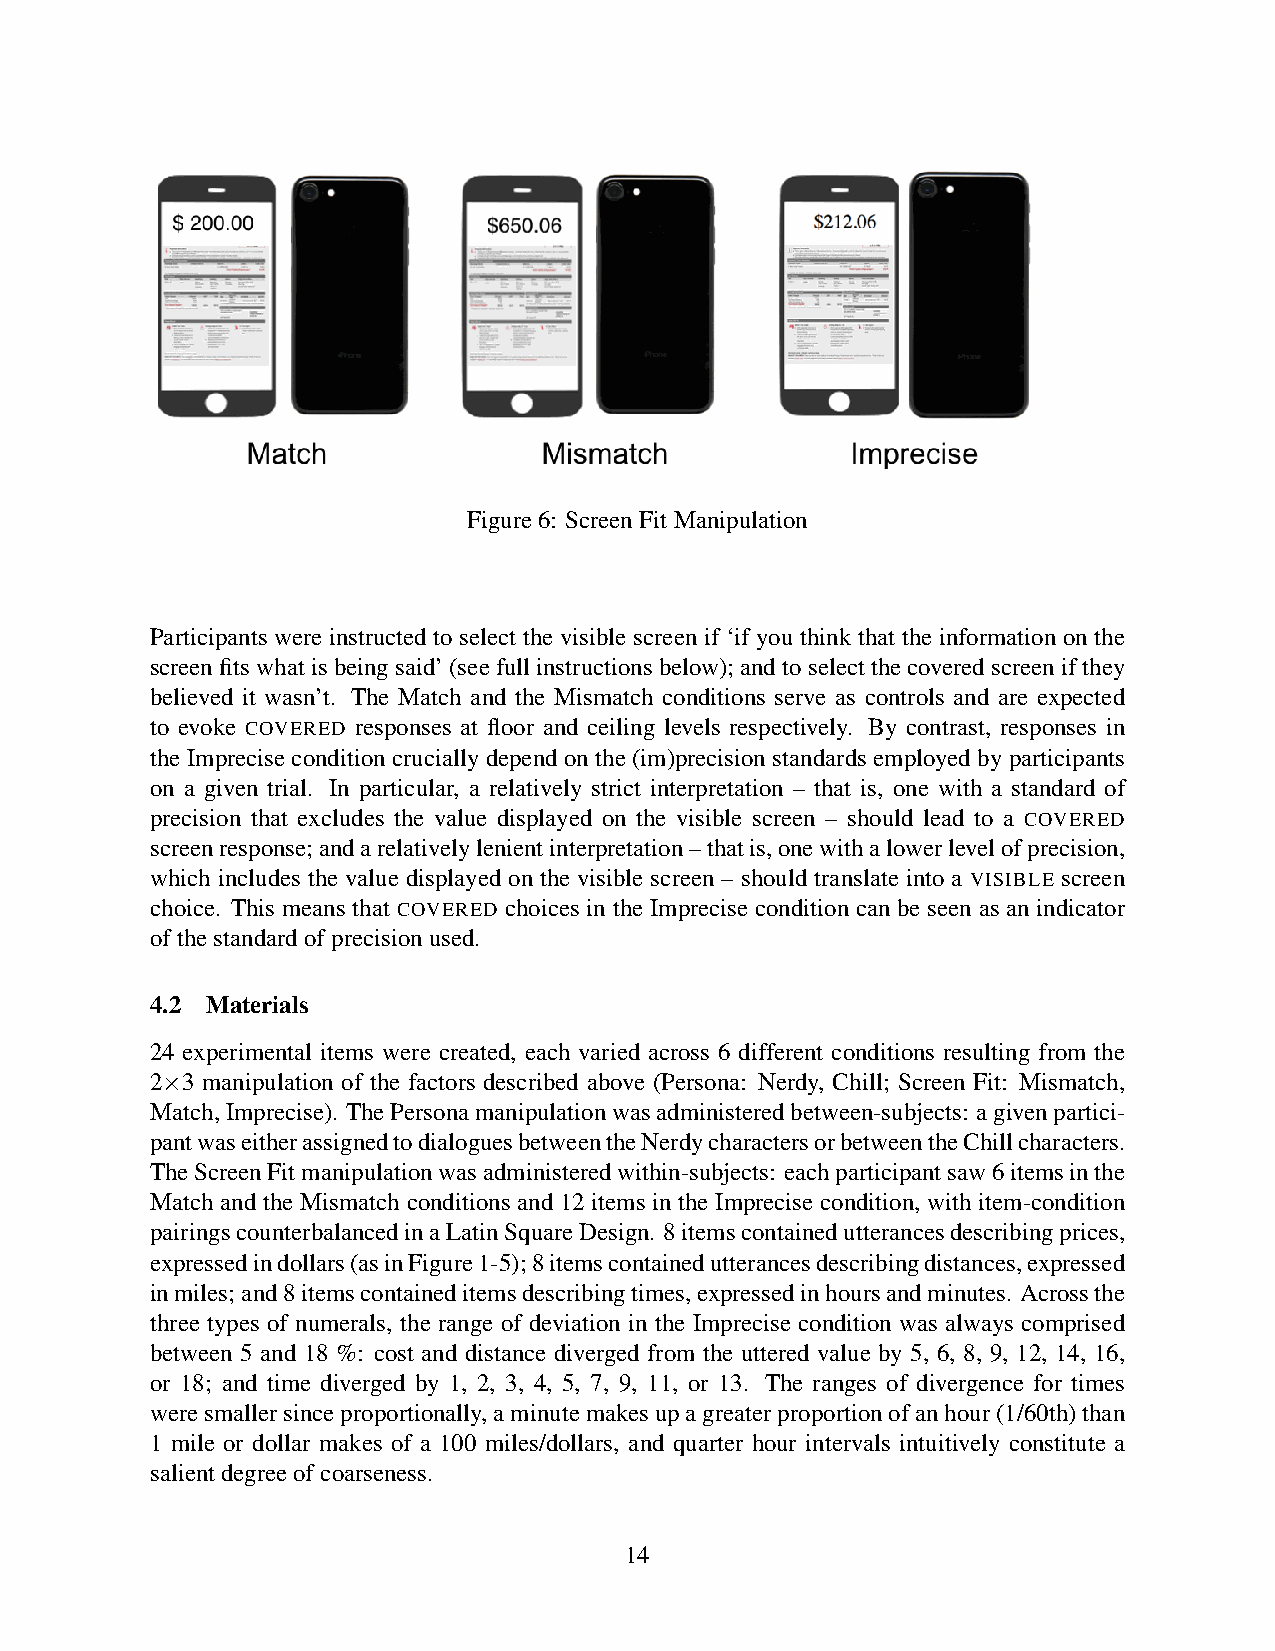
Figure6: ScreenFitManipulation
 Participants were instructed to select the visible screen if ‘if you think that the information on the
 screenfitswhatisbeingsaid’(seefullinstructionsbelow);andtoselectthecoveredscreenifthey
 believed it wasn’t. The Match and the Mismatch conditions serve as controls and are expected
 to evoke COVERED responses at floor and ceiling levels respectively. By contrast, responses in
 the Imprecise condition crucially depend on the (im)precision standards employed by participants
 on a given trial. In particular, a relatively strict interpretation – that is, one with a standard of
 precision that excludes the value displayed on the visible screen – should lead to a COVERED
 screenresponse;andarelativelylenientinterpretation–thatis,onewithalowerlevelofprecision,
 which includes the value displayed on the visible screen – should translate into a VISIBLE screen
 choice. This means that COVERED choices in the Imprecise condition can be seen as an indicator
 ofthestandardofprecisionused.
 4.2 Materials
 24 experimental items were created, each varied across 6 different conditions resulting from the
 2×3 manipulation of the factors described above (Persona: Nerdy, Chill; Screen Fit: Mismatch,
 Match,Imprecise). ThePersonamanipulationwasadministeredbetween-subjects: agivenpartici-
 pantwaseitherassignedtodialoguesbetweentheNerdycharactersorbetweentheChillcharacters.
 TheScreenFitmanipulationwasadministeredwithin-subjects: eachparticipantsaw6itemsinthe
 Match and the Mismatch conditions and 12 items in the Imprecise condition, with item-condition
 pairingscounterbalancedinaLatinSquareDesign. 8itemscontainedutterancesdescribingprices,
 expressedindollars(asinFigure1-5);8itemscontainedutterancesdescribingdistances,expressed
 inmiles;and8itemscontaineditemsdescribingtimes,expressedinhoursandminutes. Acrossthe
 three types of numerals, the range of deviation in the Imprecise condition was always comprised
 between 5 and 18 %: cost and distance diverged from the uttered value by 5, 6, 8, 9, 12, 14, 16,
 or 18; and time diverged by 1, 2, 3, 4, 5, 7, 9, 11, or 13. The ranges of divergence for times
 weresmallersinceproportionally,aminutemakesupagreaterproportionofanhour(1/60th)than
 1 mile or dollar makes of a 100 miles/dollars, and quarter hour intervals intuitively constitute a
 salientdegreeofcoarseness.
 14